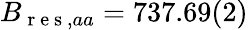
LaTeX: B_{\mathrm{~r~e~s~},aa}=737.69(2)